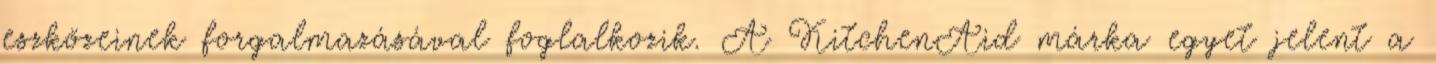
eszközeinek forgalmazásával foglalkozik. A KitchenAid márka egyet jelent a